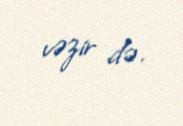
vəzir də.